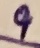
Text: 9